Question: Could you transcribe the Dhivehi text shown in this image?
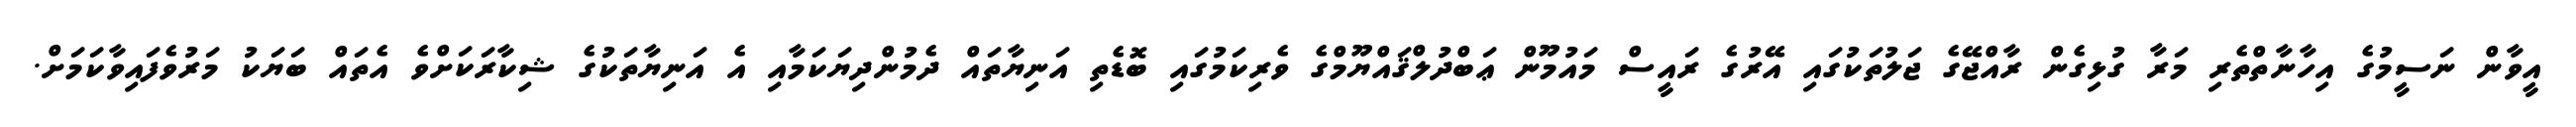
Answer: އީވާން ނަސީމުގެ އިހާނާތްތެރި މަރާ ގުޅިގެން ރާއްޖޭގެ ޖަލުތަކުގައި އޭރުގެ ރައީސް މައުމޫން ޢަބްދުލްޤައްޔޫމްގެ ވެރިކަމުގައި ބޮޑެތި އަނިޔާތައް ދެމުންދިޔަކަމާއި އެ އަނިޔާތަކުގެ ޝިކާރަކަށްވެ އެތައް ބަޔަކު މަރުވެފައިވާކަމަށް.